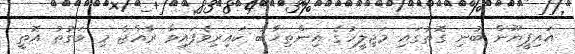
އައިޕީޔޫން ބުނި ގޮތުގައި މަޖިލީހުގެ އިންތިޚާބު ކައިރިވެފައިވާ ރާއްޖެ މި ވަގުތު އޮތީ